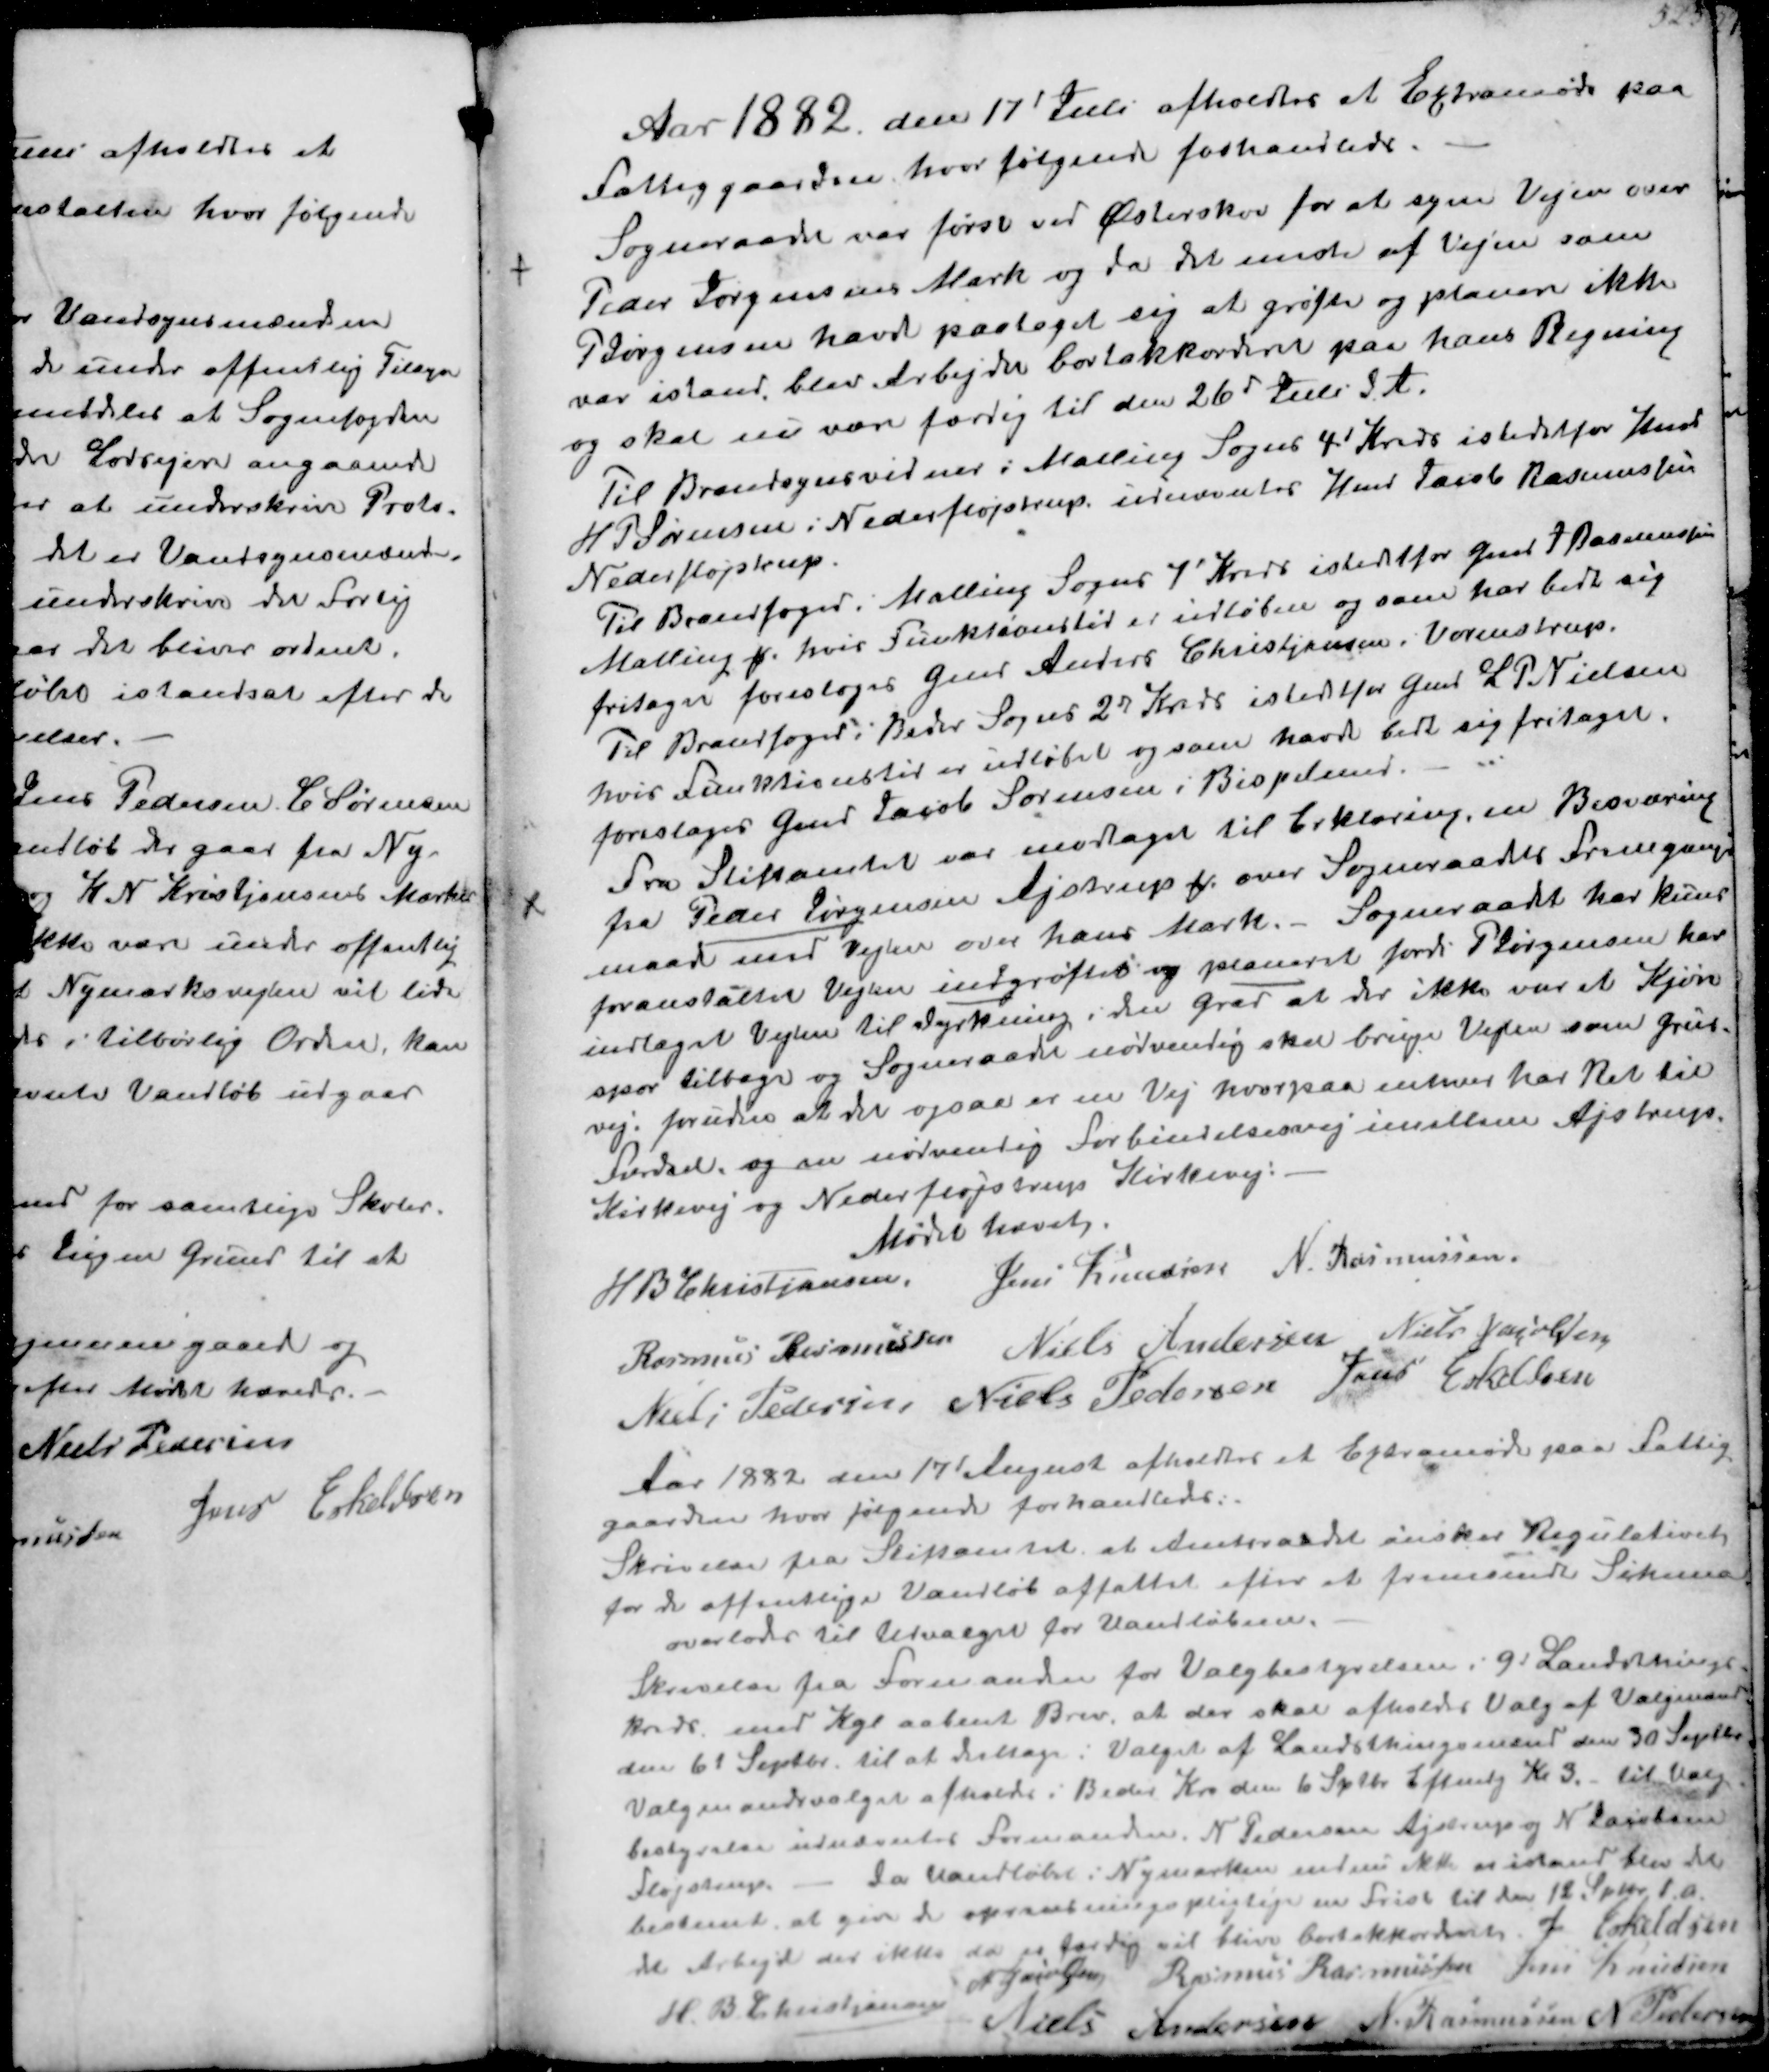
Transskription:
Aar 1882 den 17 Juli afholdtes at Extramøde paa
Fattiggaaden hvor følgende forhandledes.
Sogneraadet var først ved Østerskov for at syne Vejen over
Peder Jørgensens Mark og da det nedre af Vejen som
Jørgensen havd paataget sig at grøfte og planere ikke
var istand blev Arbejder bortakkorderet paa hans Regning
og skal nu være færdig til den 26d Juli d. A.
Til Brandsynsvidner i Malling Sogns 4' Kreds istedetfor Hmd
H P Sørensen i Nederfløjstrup udnævntesr Hmd Jacob Rasmussen
Nederfløjstrup
Til Brandfoged i Malling Sogns 7' Kreds istedetfor Gmd J Rasmussen
Malling ₻ hvis funktionstid er udløben og som har bedt sig
fritaget foresloges Gmd Anders Christiansen, Vormstrup.
Til Brandfogedi Beder Sogns 27 Kreds istedetfor Gmd L. P.Nielsen
hvis funktionstid er udløbet og som havde bedt sig fritaget
foresloges Gmd Jacob Sørensen i Bispelund
Fra Stiftamtet var modtaget til Erklæring, en Besværing
fra Peder Jørgensen Ajstrup over Sogneraadets Fremgangs-
maade ved Vejen over hans Mark.- Sogneraadt har kun
foranstaltet Vejen indgrøftet og planeret fordi P Jørgensen har
indlaget Vejen til Dyrkning i du grad at der ikke var et Kjøre-
spor tilbage og Sogneraadet nødvendig skal bruge Vejen som Grus-
vej. foruden at det ogsaa er en Vej hvorpaa enhver har Ret til
Færdsel og en nødventig Forbindelsesvej mellem Ajstrup,
Kirkevej og Nederfløjstrup Kirkevej.
Mødet hævet
H B Christjansen.
Jens Knudsen
N Rasmussen
Rasmus Rasmussen
Niels Andersen
Niels Jacobsen
Niels Pedesen
Niels Pedersen
Jens Eskildsen

Aar 1882 den 17' August afholdtes et Extramøde paa Fattig-
gaarden hvor følgende forhandleds.
Skrivelse fra Stiftamtet at Amtsraadet ønsker Regulativet
for de offentlige Vandløb affattet efter at fremsendte Skema
overlodes til Udvalget for Vandløbene.
Skrivelse fra Formandn for Valgbestyrelsen i 9d Landstings-
kreds med Kgl aabent Brev, at der skal afholdes Valg af Valgmænd
den 6' Septbr. til at deltage i Valget af Landsthingsmand den 30 Septbr
Valgmandsvalget afholds i Bedes Kro den 6 Sptbr Eftermdg Kl 3. til Valg-
bestyrelse udnævntes Formanden. N Pedersen Ajstrupog N Jacobsen
Fløjstrup. - Da Vandløbet i Nymarken endnu ikke er istand blev det
bestemt at give de oprensningspligtige en Frist til den 12 Sep 1.a.
de Arbejd der ikke da er færdig vil blive bortakkorderet
J Eskildsen
N Jacobsen
Rasmus Rasmussen
Jens Knudsen
H. B Christjansen
Niels Andersen
N Rasmussen
N Pedersen